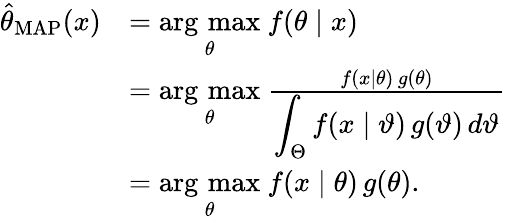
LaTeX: {\begin{array}{rl}{{\hat{\theta}}_{\mathrm{MAP}}(x)}&{={\underset{\theta}{\operatorname{arg\, max}}}\ f(\theta\mid x)}\\ &{={\underset{\theta}{\operatorname{arg\, max}}}\ {\frac{f(x\mid\theta)\, g(\theta)}{\displaystyle\int_{\Theta}f(x\mid\vartheta)\, g(\vartheta)\, d\vartheta}}}\\ &{={\underset{\theta}{\operatorname{arg\, max}}}\ f(x\mid\theta)\, g(\theta).}\end{array}}